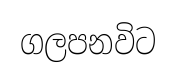
ගලපනවිට